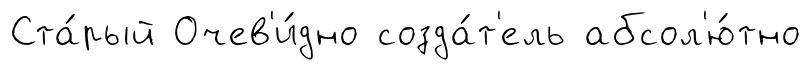
Ста́рый Очев'и́дно созда́т'ель абсол'ю́тно